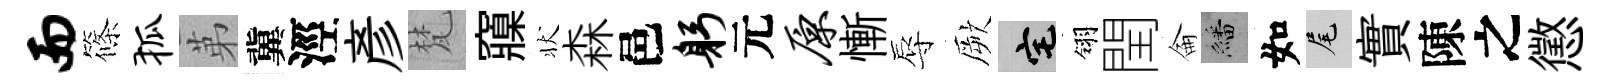
而篠狐苐冀涇彥梵䆿状森邑躬元原慚辱厥宅翎閏侖繙如尾實陳之懲